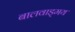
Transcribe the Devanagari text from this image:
बालवाड्मय